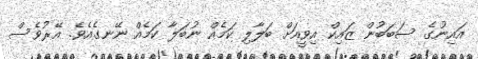
އައިނުގެ ސަބަބުން ޒައިކް އިވީއަށް ބަލާލި ކަމެއް ނުބަލާ ކަމެއް ނޭނގެއެވެ. އޭރުވެސް